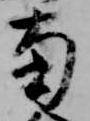
南